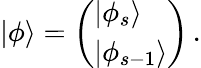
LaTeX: |\phi\rangle=\left(\begin{array}{l}{{|\phi_{s}\rangle}}\\ {{|\phi_{s-1}\rangle}}\end{array}\right)\, .